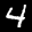
Label: 4